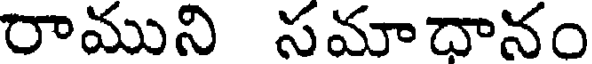
రాముని సమాదానం